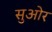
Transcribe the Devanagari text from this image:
सुओर